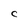
Character: C